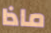
ماذا